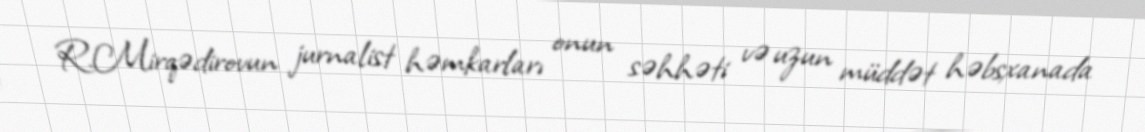
R.Mirqədirovun jurnalist həmkarları onun səhhəti və uzun müddət həbsxanada